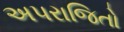
અપરાજિતો